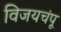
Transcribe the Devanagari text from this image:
विजयचंपू